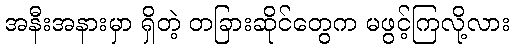
အနီးအနားမှာ ရှိတဲ့ တခြားဆိုင်တွေက မဖွင့်ကြလို့လား